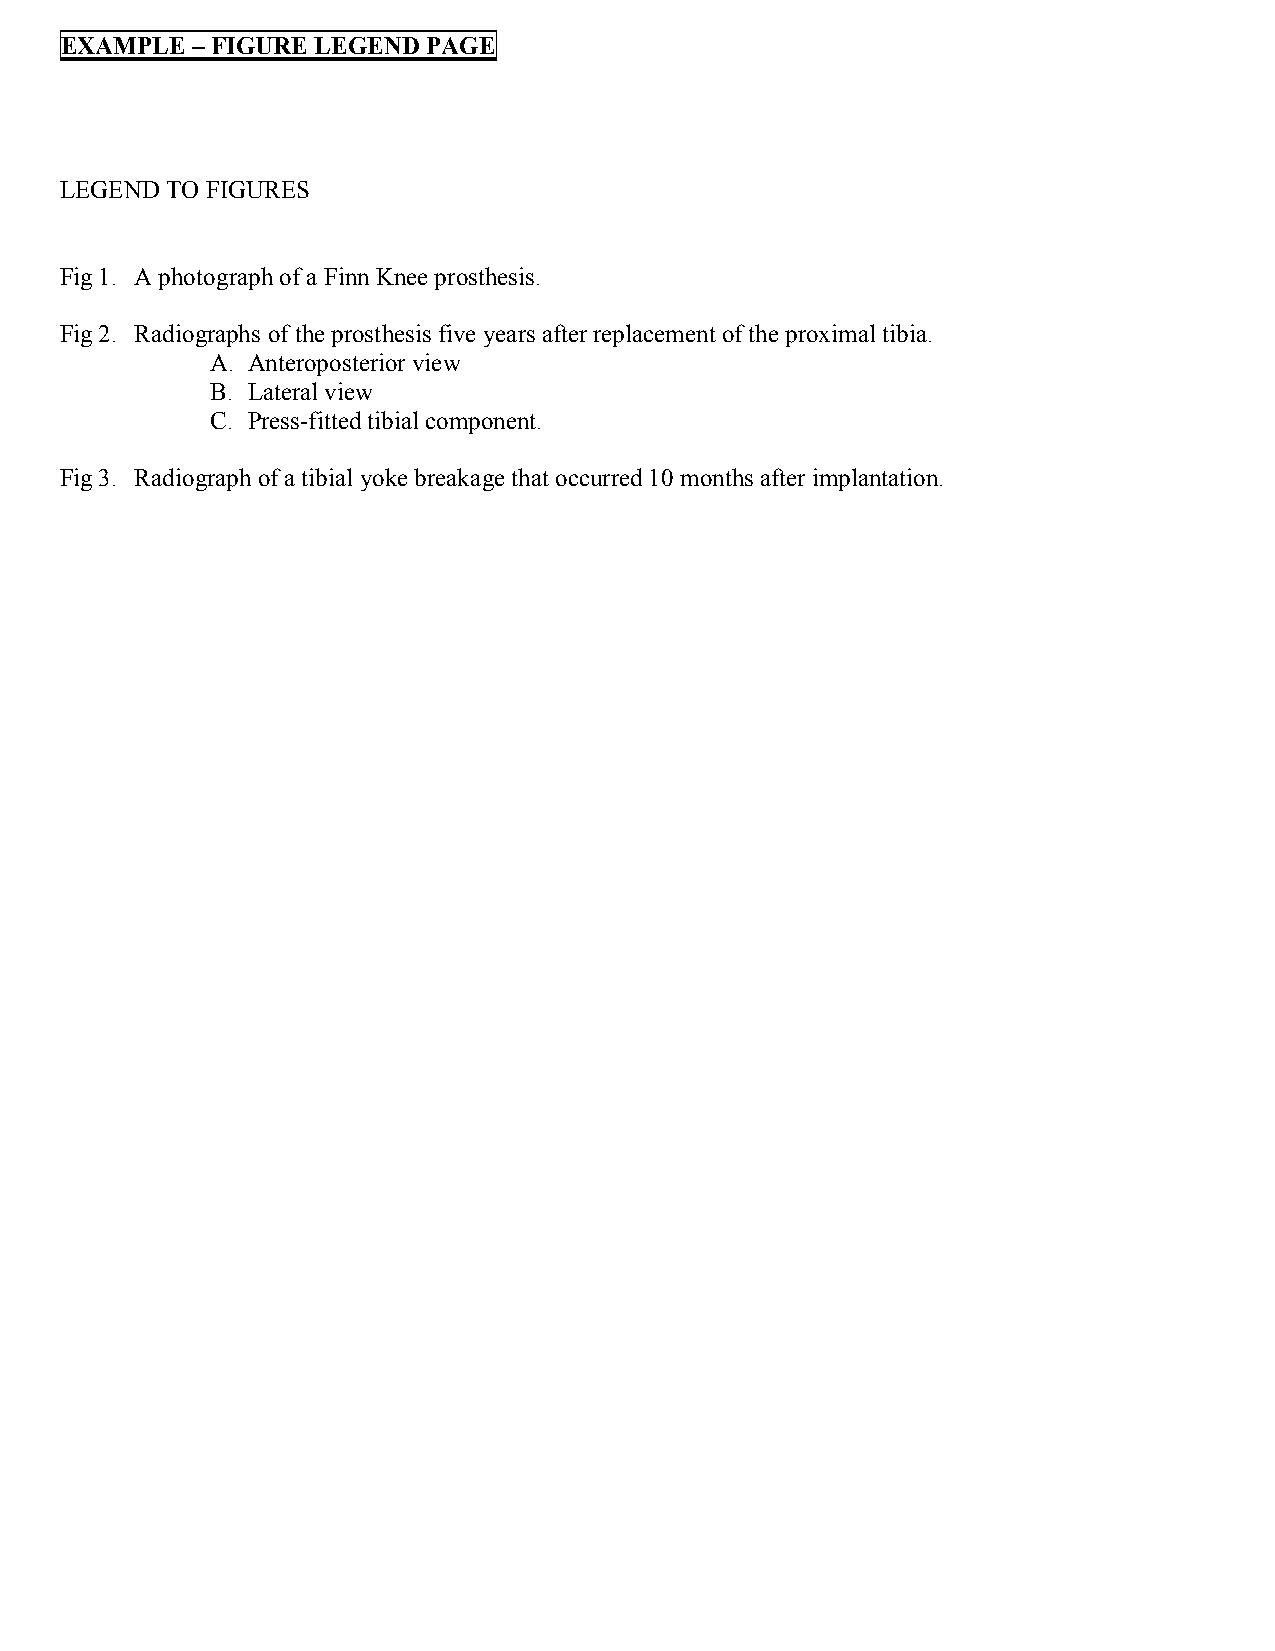
EXAMPLE  – FIGURE LEGEND PAGE
 LEGEND TO FIGURES
 Fig 1. A photograph of a Finn Knee prosthesis.
 Fig 2. Radiographs of the prosthesis five years after replacement of the proximal tibia.
 A. Anteroposterior view
 B. Lateral view
 C. Press-fitted tibial component.
 Fig 3. Radiograph of a tibial yoke breakage that occurred 10 months after implantation.